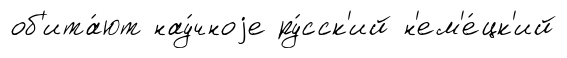
об'ита́ют нау́чноjе ру́сск'ий н'ем'е́цк'ий